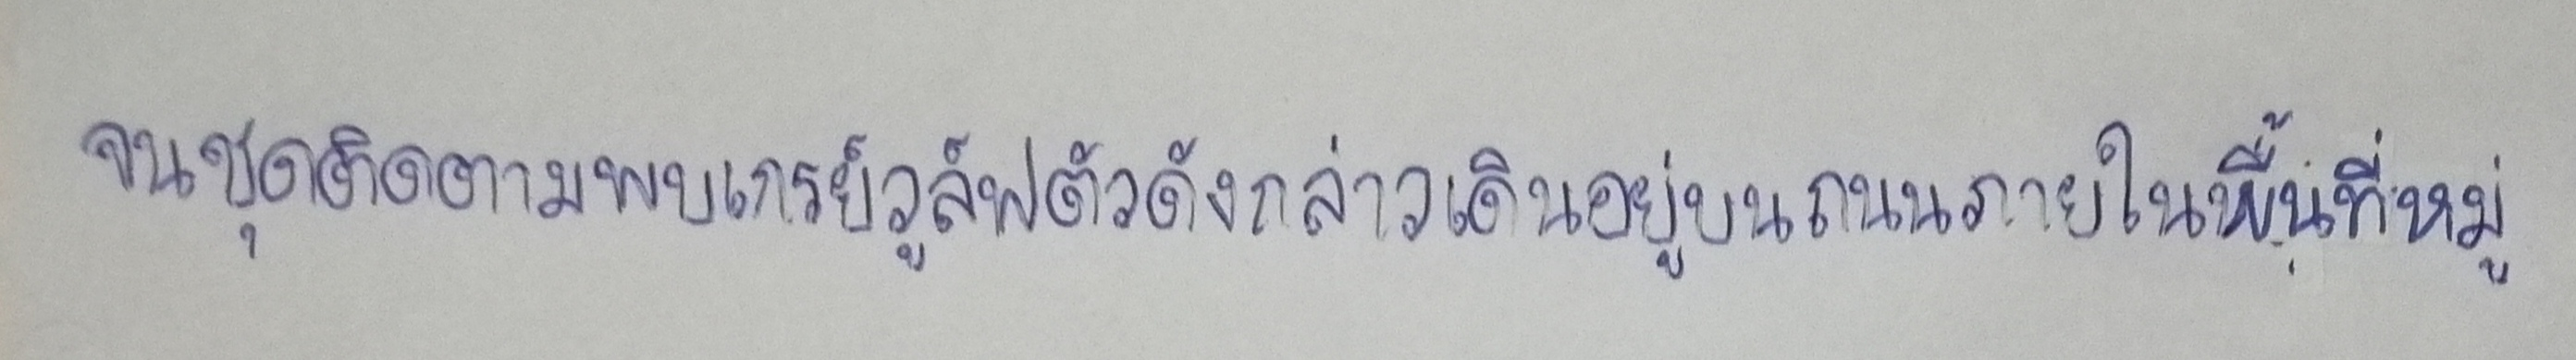
จนชุดติดตามพบเกรย์วูล์ฟตัวดังกล่าวเดินอยู่บนถนนภายในพื้นที่หมู่